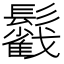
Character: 𩯰